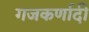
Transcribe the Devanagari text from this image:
गजकर्णादी